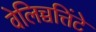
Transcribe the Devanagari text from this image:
वेलिच्चत्तिंटे